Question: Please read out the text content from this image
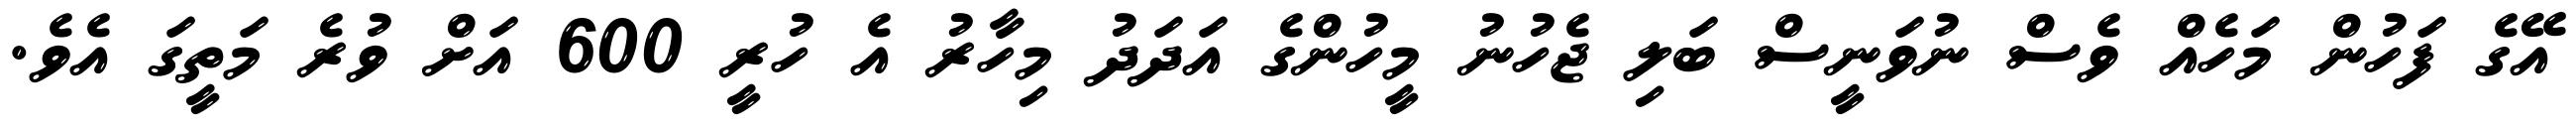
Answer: އޭގެ ފަހުން މަހެއް ވެސް ނުވަނީސް ބަލި ޖެހުނު މީހުންގެ އަދަދު މިހާރު އެ ހުރީ 600 އަށް ވުރެ މަތީގަ އެވެ.